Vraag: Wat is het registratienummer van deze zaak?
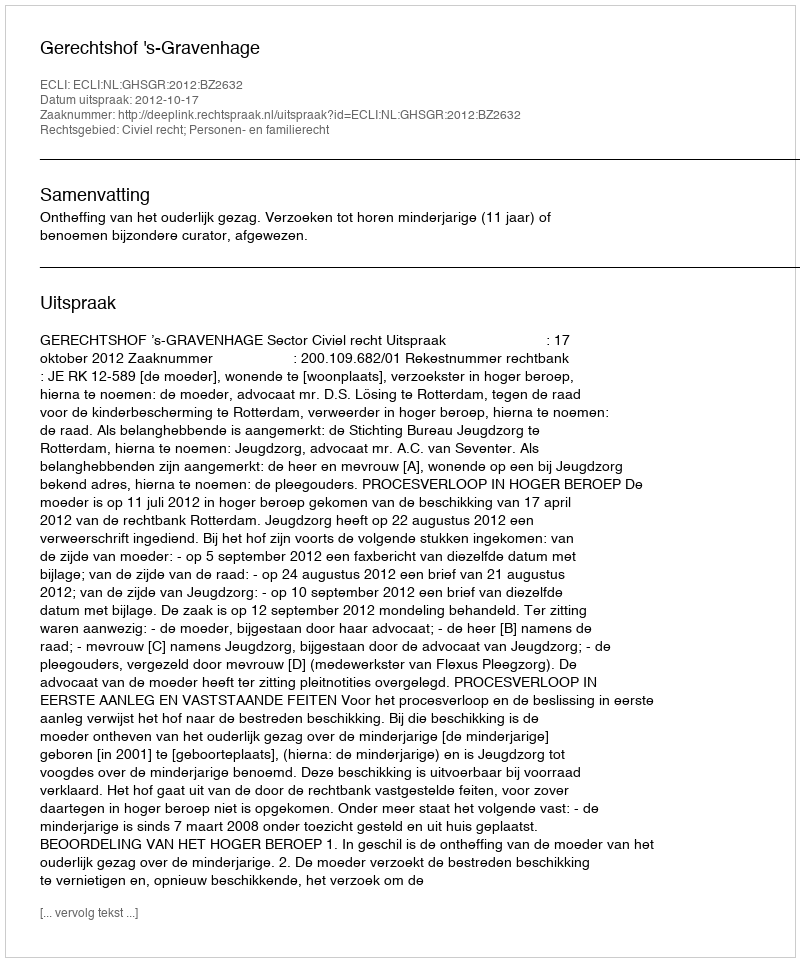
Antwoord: http://deeplink.rechtspraak.nl/uitspraak?id=ECLI:NL:GHSGR:2012:BZ2632